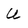
Character: U